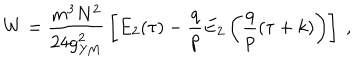
W = { \frac { m ^ { 3 } N ^ { 2 } } { 2 4 g _ { \mathrm { Y M } } ^ { 2 } } } \left[ E _ { 2 } ( \tau ) - { \frac { q } { p } } E _ { 2 } \left( { \frac { q } { p } } ( \tau + k ) \right) \right] \ ,